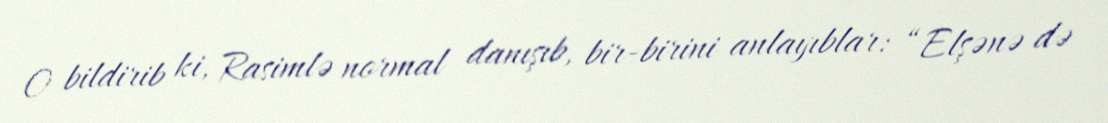
O bildirib ki, Rasimlə normal danışıb, bir-birini anlayıblar: “Elşənə də